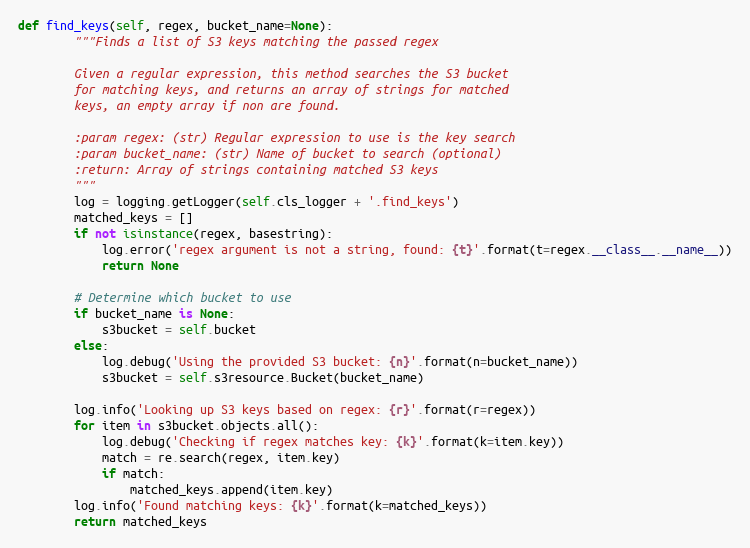
Language: Python
def find_keys(self, regex, bucket_name=None):
        """Finds a list of S3 keys matching the passed regex

        Given a regular expression, this method searches the S3 bucket
        for matching keys, and returns an array of strings for matched
        keys, an empty array if non are found.

        :param regex: (str) Regular expression to use is the key search
        :param bucket_name: (str) Name of bucket to search (optional)
        :return: Array of strings containing matched S3 keys
        """
        log = logging.getLogger(self.cls_logger + '.find_keys')
        matched_keys = []
        if not isinstance(regex, basestring):
            log.error('regex argument is not a string, found: {t}'.format(t=regex.__class__.__name__))
            return None

        # Determine which bucket to use
        if bucket_name is None:
            s3bucket = self.bucket
        else:
            log.debug('Using the provided S3 bucket: {n}'.format(n=bucket_name))
            s3bucket = self.s3resource.Bucket(bucket_name)

        log.info('Looking up S3 keys based on regex: {r}'.format(r=regex))
        for item in s3bucket.objects.all():
            log.debug('Checking if regex matches key: {k}'.format(k=item.key))
            match = re.search(regex, item.key)
            if match:
                matched_keys.append(item.key)
        log.info('Found matching keys: {k}'.format(k=matched_keys))
        return matched_keys